Source: Handwritten
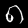
Digit: ၈ (8)